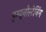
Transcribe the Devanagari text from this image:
इम्यूनोस्टेनिंग